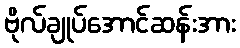
ဗိုလ်ချုပ်အောင်ဆန်းအား